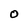
Character: O